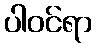
ပါဝင်ရာ